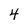
Character: 4